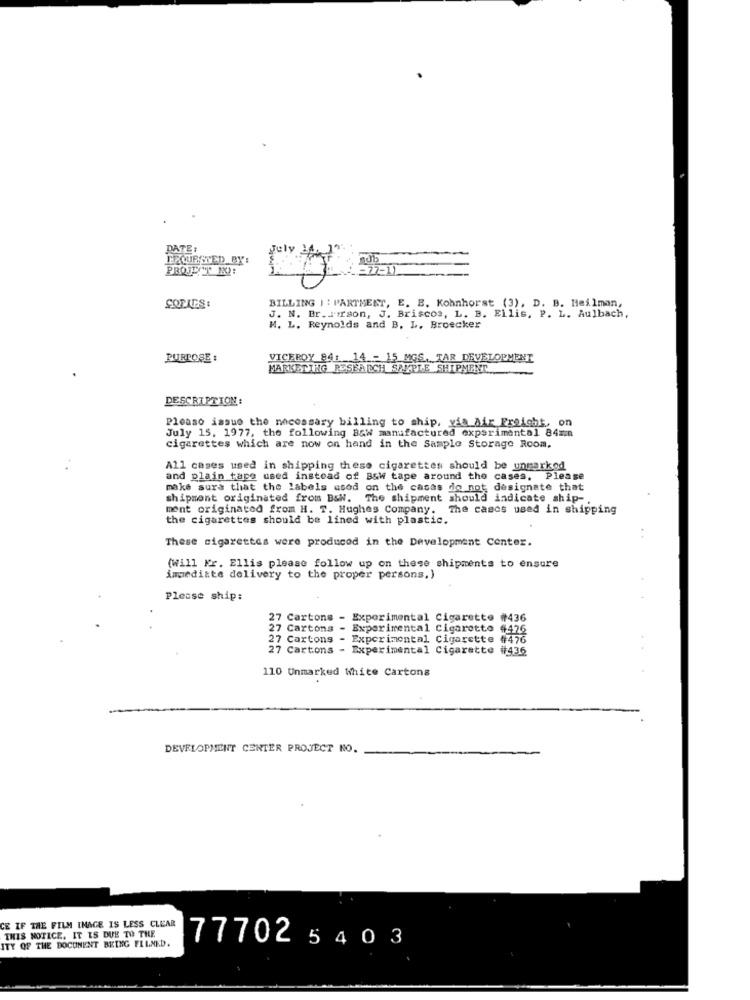
DATE:
COPIES :
BILLING I : PARTMENT, E. B. Kohnhorst (3), D. B. Heilman,
J. N. Br.Jirson, J. Briscos, L. B. Ellis, P. L. Aulbach,
H. L. Reynolds and B. L. Broecker
PURPOSE :
VICEROY 84: 14 - 15 MGS, TAR DEVELOPMENT
MARKETING RESEARCH SAMPLE SHIPMENT
DESCRIPTION:
Please issue the necessary billing to ship, via air Freight, on
July 15, 1977, the following B&W manufactured experimental 84=in
cigarettes which are now on hand in the Sample Storage Room.
All cases used in shipping these cigarettes should be unmarkod
and plain tape used instead of Baw tape around the cases, Please
make sure that the labels used on the casas do not designate that
shipment originated from B&W. The shipment should indicate ship-
ment originated from H. T. Hughes Company. The casos used in shipping
the cigarettes should be lined with plastic.
These cigarettes were produced in the Development Center.
(will Kr. Ellis please follow up on these shipments to ensure
immediate delivery to the proper persons.)
Please ship:
27 Cartons - Experimental Cigarette #436
7 Cartons - Experimental Cigarette #426
27 Cartons - Experimental Cigarette #476
27 Cartons - Experimental Cigarette #436
110 Unmarked White Cartons
.
DEVELOPMENT CENTER PROJECT NO.
CE IF THE FILM IMAGE IS LESS CLEAR
THIS NOTICE. IT IS DUE TO THE
ITY OF THE DOCUMENT BEING FLLNED.
77702 5403